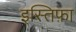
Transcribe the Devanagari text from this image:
इस्तिफ़ा